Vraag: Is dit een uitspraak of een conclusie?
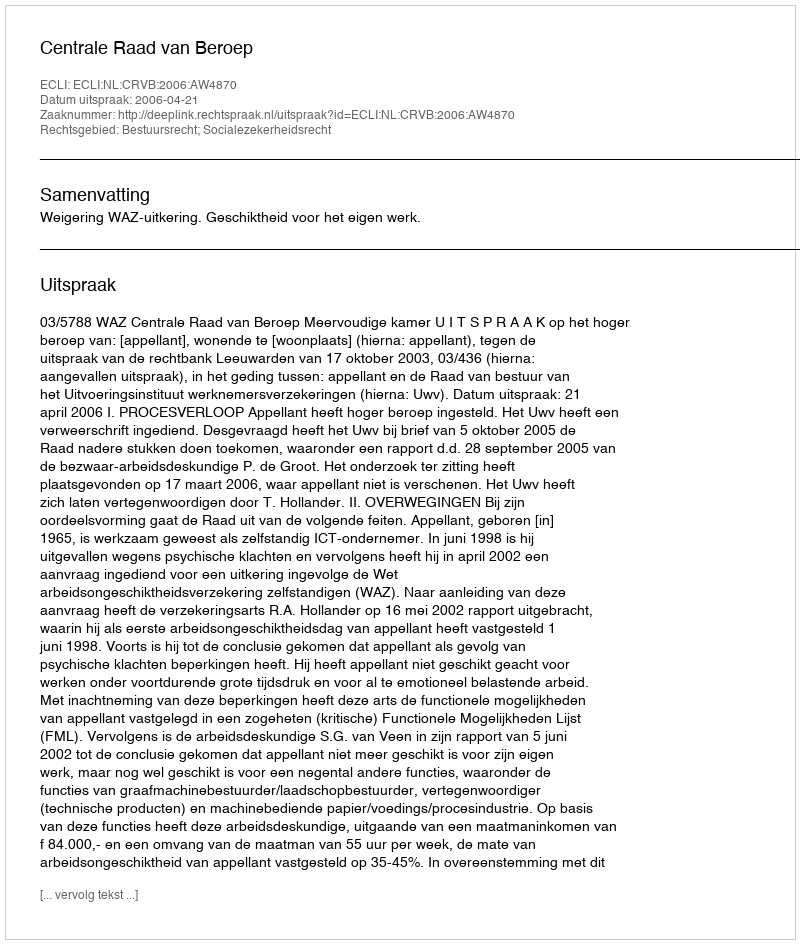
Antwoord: Uitspraak